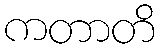
ကတာတိ